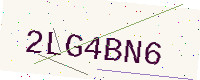
Text: 2LG4BN6